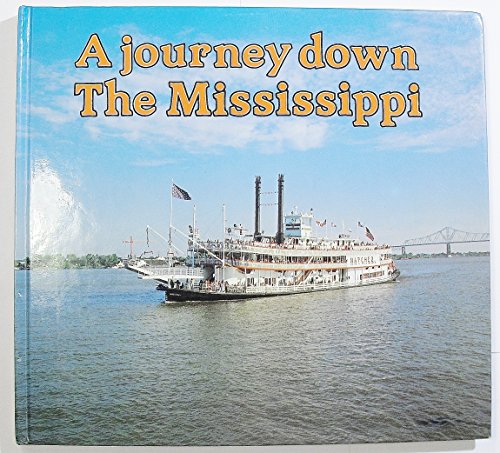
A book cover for A Journey Down the Mississippi (River Journeys); L.H. Bolwell; Travel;